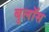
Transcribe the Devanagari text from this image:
बुलॉस